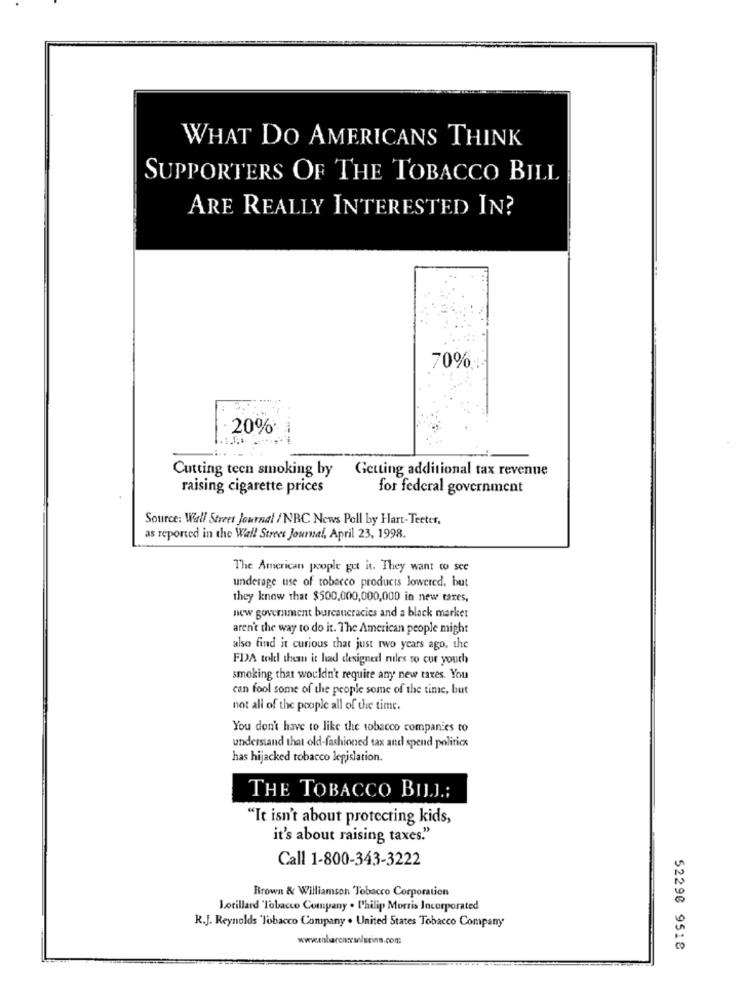
WHAT DO AMERICANS THINK
SUPPORTERS OF THE TOBACCO BILL
ARE REALLY INTERESTED IN?
70%
·20%*
Cutting teen smoking by Getting additional tax revenue
raising cigarette prices
for federal government
Source: Wall Street Journal / NRC News Poll by Hart-Teeter,
as reported in the Wall Street Journal, April 23, 1998.
The American poople gut it. They want to see
underage use of tobacco products lowered, but
they know that $500,000,000,000 in new tares,
new government bureaucracies and a black market
aren't the way to do it. The American people might
also find it curious that just two years ago, the
FDA told them it had designerl rules to cur youth
smoking that wouldn't require any new taxes. You
can fool some of the people some of the time, but
not all of the people all of the time.
You don't have to like the tobacco companies to
understand that old-fashioned tax and spend politics
has hijacked tobacco legislation.
THE TOBACCO BIJ.J .:
"It isn't about protecting kids,
it's about raising taxes."
Call 1-800-343-3222
Brown & Williamson Tobacco Corporation
Lotillard "Tobacco Company . Philip Morris Incorporated
R.J. Reynolds 'Tobacco Company . United States Tobacco Company
52290 9518